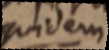
quidem